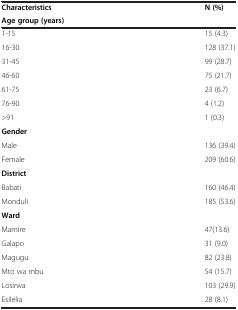
<table><thead><tr><td><b>Characteristics</b></td><td><b>N (%)</b></td></tr><tr><td><b>Age group (years)</b></td><td></td></tr></thead><tbody><tr><td>1-15</td><td>15 (4.3)</td></tr><tr><td>16-30</td><td>128 (37.1)</td></tr><tr><td>31-45</td><td>99 (28.7)</td></tr><tr><td>46-60</td><td>75 (21.7)</td></tr><tr><td>61-75</td><td>23 (6.7)</td></tr><tr><td>76-90</td><td>4 (1.2)</td></tr><tr><td>&gt;91</td><td>1 (0.3)</td></tr><tr><td colspan="2"><b>Gender</b></td></tr><tr><td>Male</td><td>136 (39.4)</td></tr><tr><td>Female</td><td>209 (60.6)</td></tr><tr><td colspan="2"><b>District</b></td></tr><tr><td>Babati</td><td>160 (46.4)</td></tr><tr><td>Monduli</td><td>185 (53.6)</td></tr><tr><td colspan="2"><b>Ward</b></td></tr><tr><td>Mamire</td><td>47(13.6)</td></tr><tr><td>Galapo</td><td>31 (9.0)</td></tr><tr><td>Magugu</td><td>82 (23.8)</td></tr><tr><td>Mto wa mbu</td><td>54 (15.7)</td></tr><tr><td>Losirwa</td><td>103 (29.9)</td></tr><tr><td>Esilelia</td><td>28 (8.1)</td></tr></tbody></table>